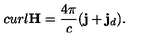
c u r l { \bf H } = \frac { 4 \pi } { c } ( { \bf j } + { \bf j } _ { d } ) .